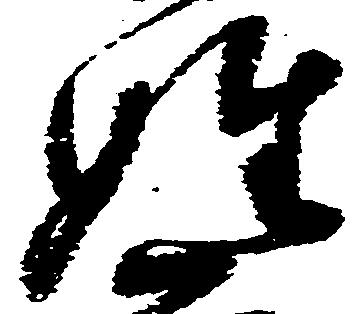
姓